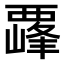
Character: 𫌛